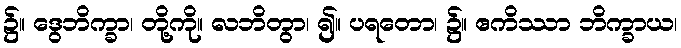
၌။ ဒွေဘိက္ခာ၊ တို့ကို။ လဘိတွာ၊ ၍။ ပရတော၊ ၌။ ဧကိဿာ ဘိက္ခာယ၊